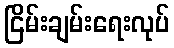
ငြိမ်းချမ်းရေးလုပ်